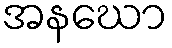
အနဃော